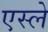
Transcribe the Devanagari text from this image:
एस्ले